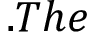
. T h e